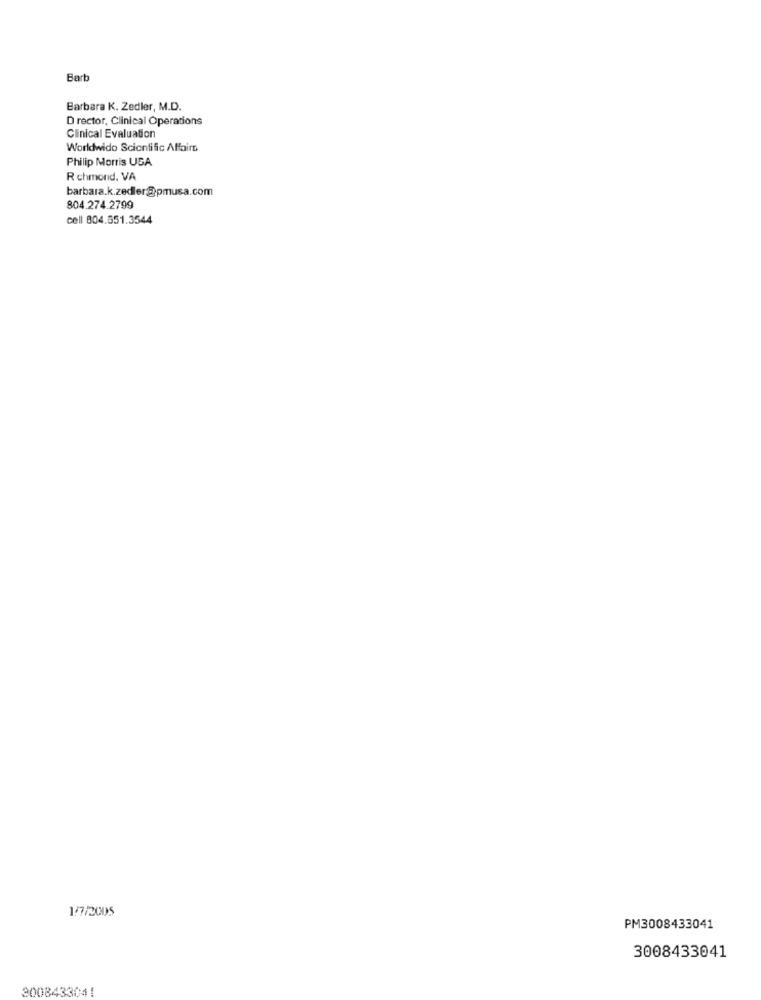
Bart
Barbara K. Zedler, M.D.
D rector, Clinical Operations
Clinical Evaluation
Worldwido Scientific Affairs
Philip Morris USA
R chmond, VA
barbara.k.zedler@pmusa.com
804.274.2799
cell 804.551.3544
1/7/2005
PM3008433041
3008433041
2008433041